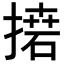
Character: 𢳭